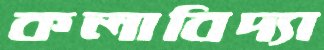
কলাবিদ্যা